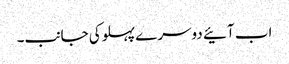
اب آئیے دوسرے پہلوکی جانب۔